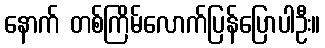
နောက် တစ်ကြိမ်လောက်ပြန်ပြောပါဦး။